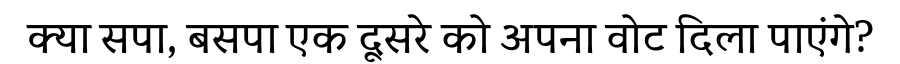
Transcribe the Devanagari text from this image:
क्या सपा, बसपा एक दूसरे को अपना वोट दिला पाएंगे?